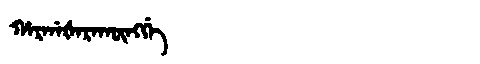
Manchu: ᡥᠠᡵᡤᠠᡧᠠᡵᠠᡴᡡᠩᡤᡝ
Romanization: HARGAŠARAKŪNGGE